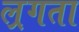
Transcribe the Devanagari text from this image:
ल्रगता